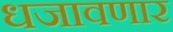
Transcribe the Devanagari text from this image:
धजावणार